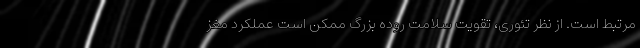
مرتبط است. از نظر تئوری، تقویت سلامت روده بزرگ ممکن است عملکرد مغز